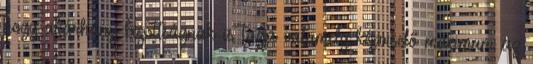
hogy akárhány bizottságnak is tagja valamely képviselő maximum az